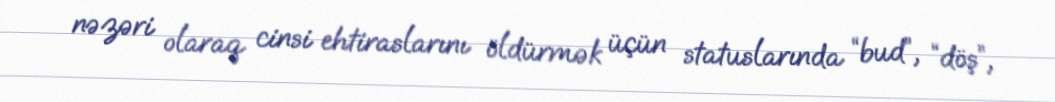
nəzəri olaraq cinsi ehtiraslarını öldürmək üçün statuslarında “bud”, “döş”,